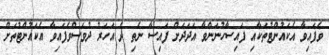
ވެފައިވާ އެކައުންޓުތަކާއި ފައިސާހުނަންވާ އަދަދަށް ފައިސާ ނެތި ދެ އަހަރު ދުވަސްވެފައިވާ އެކައުންޓުތަށް